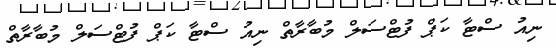
ނިއު ސްޓާ ކަޕް ފުޓްސަލް މުބާރާތް ނިއު ސްޓާ ކަޕް ފުޓްސަލް މުބާރާތް